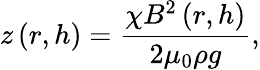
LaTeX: z\left(r,h\right)=\frac{\chi B^{2}\left(r,h\right)}{2\mu_{0}\rho g},